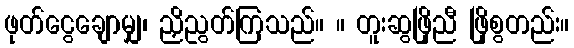
ဖုတ်ငွေချောမျှ၊ ညှိညွတ်ကြသည်။ ။ တူးဆွဖြိုညီ ဖြိုစွတည်း။